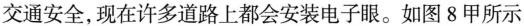
交通安全，现在许多道路上都会安装电子眼。如图8甲所示